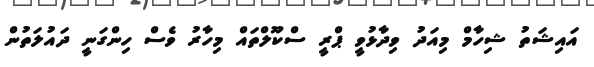
އައިޝަތު ޝިހާމް މިއަދު ވިދާޅުވީ ޕްރީ ސްކޫލްތައް މިހާރު ވެސް ހިންގަނީ ދައުލަތުން